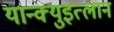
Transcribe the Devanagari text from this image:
यान्क्युइत्लान